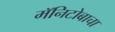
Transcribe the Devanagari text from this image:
मॅनिटोबाचा